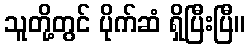
သူတို့တွင် ပိုက်ဆံ ရှိပြီးပြီ။